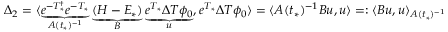
\begin{array} { r } { \Delta _ { 2 } = \langle \underbrace { e ^ { - T _ { * } ^ { \dagger } } e ^ { - T _ { * } } } _ { A ( t _ { * } ) ^ { - 1 } } \underbrace { ( H - E _ { * } ) } _ { B } \underbrace { e ^ { T _ { * } } \Delta T \phi _ { 0 } } _ { u } , e ^ { T _ { * } } \Delta T \phi _ { 0 } \rangle = \langle A ( t _ { * } ) ^ { - 1 } B u , u \rangle = : \langle B u , u \rangle _ { A ( t _ { * } ) ^ { - 1 } } } \end{array}